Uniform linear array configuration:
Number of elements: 64
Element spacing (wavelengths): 0.75
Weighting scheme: binomial
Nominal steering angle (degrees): -45
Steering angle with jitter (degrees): -45.122
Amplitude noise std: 0.05
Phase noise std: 0.05

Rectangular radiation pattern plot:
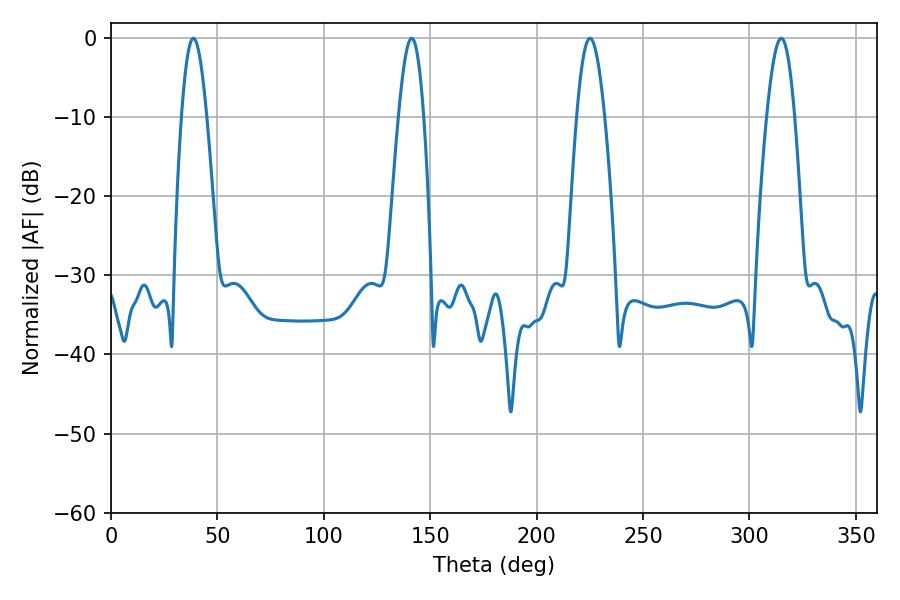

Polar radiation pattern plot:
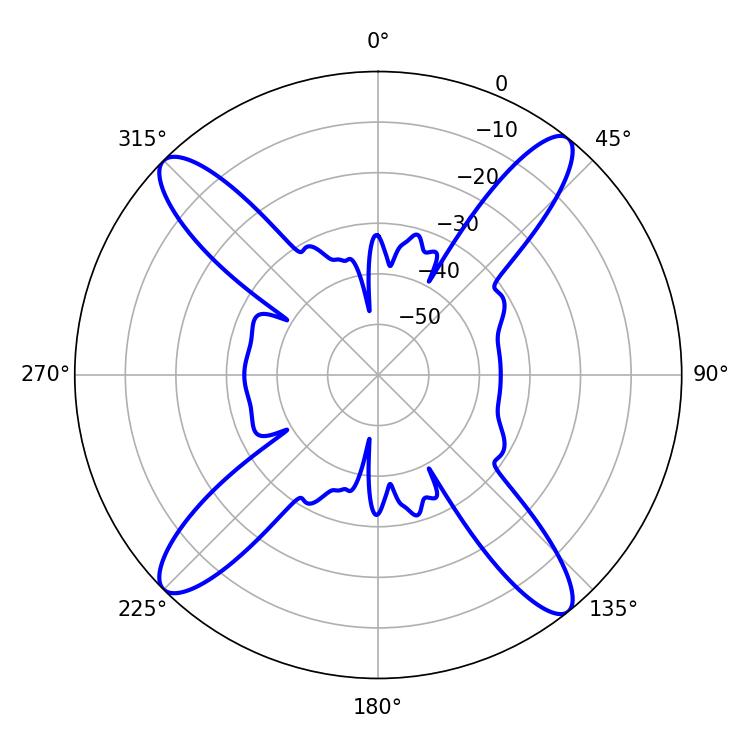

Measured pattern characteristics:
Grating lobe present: TRUE
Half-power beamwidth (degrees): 6.3
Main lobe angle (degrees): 141.3